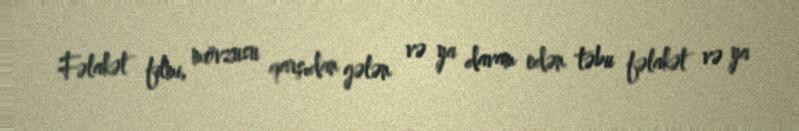
Fəlakət filmi, mövzusu qarşıdan gələn və ya davam edən təbii fəlakət və ya